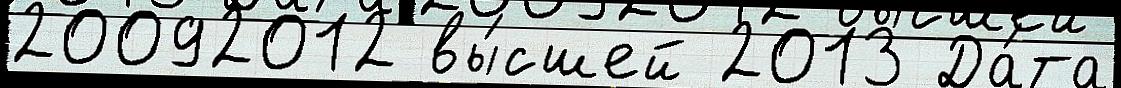
20092012 вы́сшей 2013 Да́та